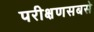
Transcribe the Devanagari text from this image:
परीक्षणसबसे